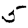
Digit: 5